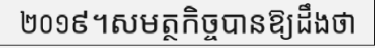
២០១៩។សមត្ថកិច្ចបានឱ្យដឹងថា